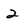
Character: 2